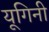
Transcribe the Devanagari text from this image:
यूगिनी